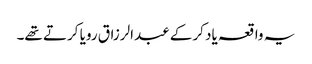
یہ واقعہ یاد کرکے عبدالرزاق رویا کرتے تھے۔